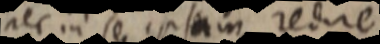
nec in se ipsam redire